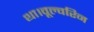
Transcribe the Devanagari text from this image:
था।वूल्वरिन